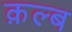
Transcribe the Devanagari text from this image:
क़ल्ब